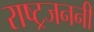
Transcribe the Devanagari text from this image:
राष्ट्रजननी